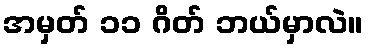
အမှတ် ၁၁ ဂိတ် ဘယ်မှာလဲ။